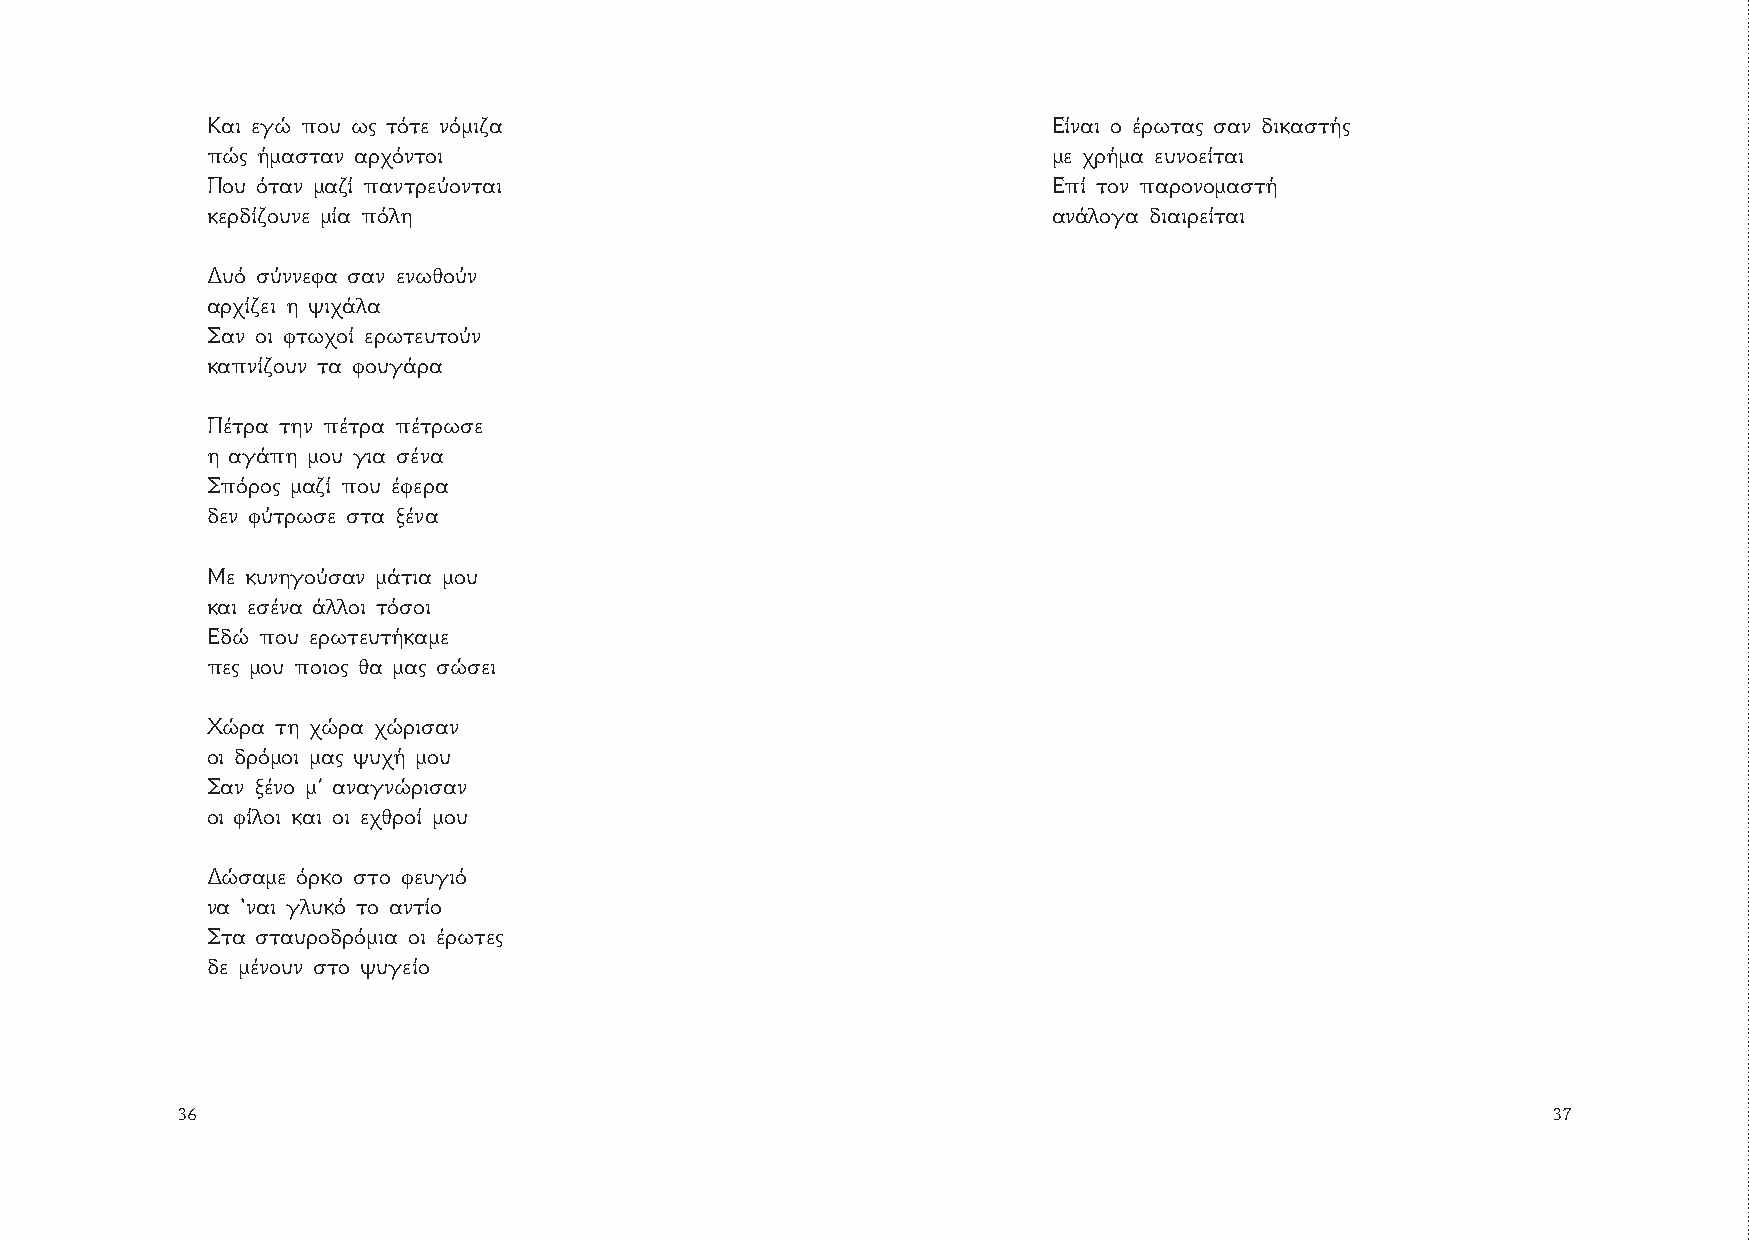
Και εγώ που ως τότε νόμιζα                              Είναι ο έρωτας σαν δικαστής
 πώς ήμασταν αρχόντοι                                    με χρήμα ευνοείται
 Που όταν μαζί παντρεύονται                              Επί τον παρονομαστή
 κερδίζουνε μία πόλη                                     ανάλογα διαιρείται
 Δυό σύννεφα σαν ενωθούν
 αρχίζει η ψιχάλα
 Σαν οι φτωχοί ερωτευτούν
 καπνίζουν τα φουγάρα
 Πέτρα την πέτρα πέτρωσε
 η αγάπη μου για σένα
 Σπόρος μαζί που έφερα
 δεν φύτρωσε στα ξένα
 Με κυνηγούσαν μάτια μου
 και εσένα άλλοι τόσοι
 Εδώ που ερωτευτήκαμε
 πες μου ποιος θα μας σώσει
 Χώρα τη χώρα χώρισαν
 οι δρόμοι μας ψυχή μου
 Σαν ξένο μ’ αναγνώρισαν
 οι φίλοι και οι εχθροί μου
 Δώσαμε όρκο στο φευγιό
 να ‘ναι γλυκό το αντίο
 Στα σταυροδρόμια οι έρωτες
 δε μένουν στο ψυγείο
 36                                                                                         37